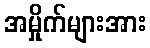
အမှိုက်များအား